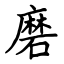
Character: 磨